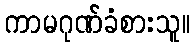
ကာမဂုဏ်ခံစားသူ။